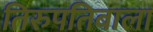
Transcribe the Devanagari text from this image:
तिरुपतिबाला